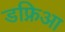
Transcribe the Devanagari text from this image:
डफ्निआ